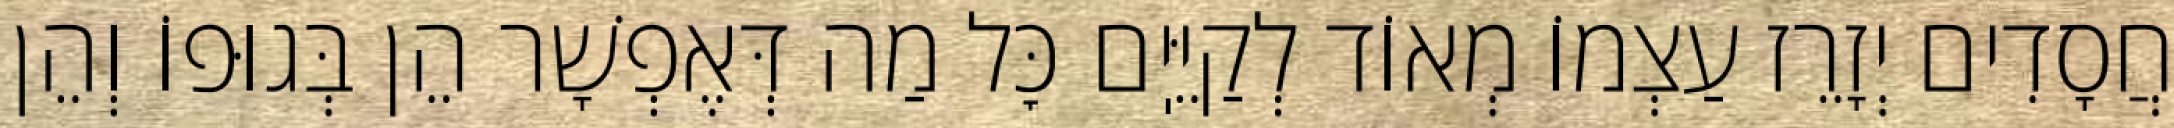
חֲסָדִים יְזָרֵז עַצְמוֹ מְאוֹד לְקַיֵּיֽם כׇּל מַה דְּאֶפְשָׁר הֵן בְּגוּפוֹ וְהֵן